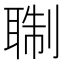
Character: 䎺